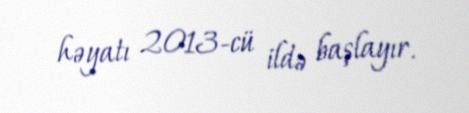
həyatı 2013-cü ildə başlayır.